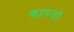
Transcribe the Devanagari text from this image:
कागजो